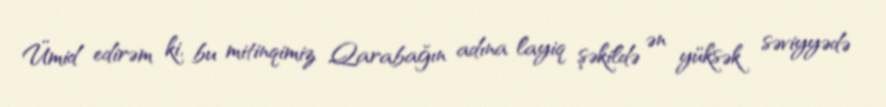
Ümid edirəm ki, bu mitinqimiz Qarabağın adına layiq şəkildə ən yüksək səviyyədə